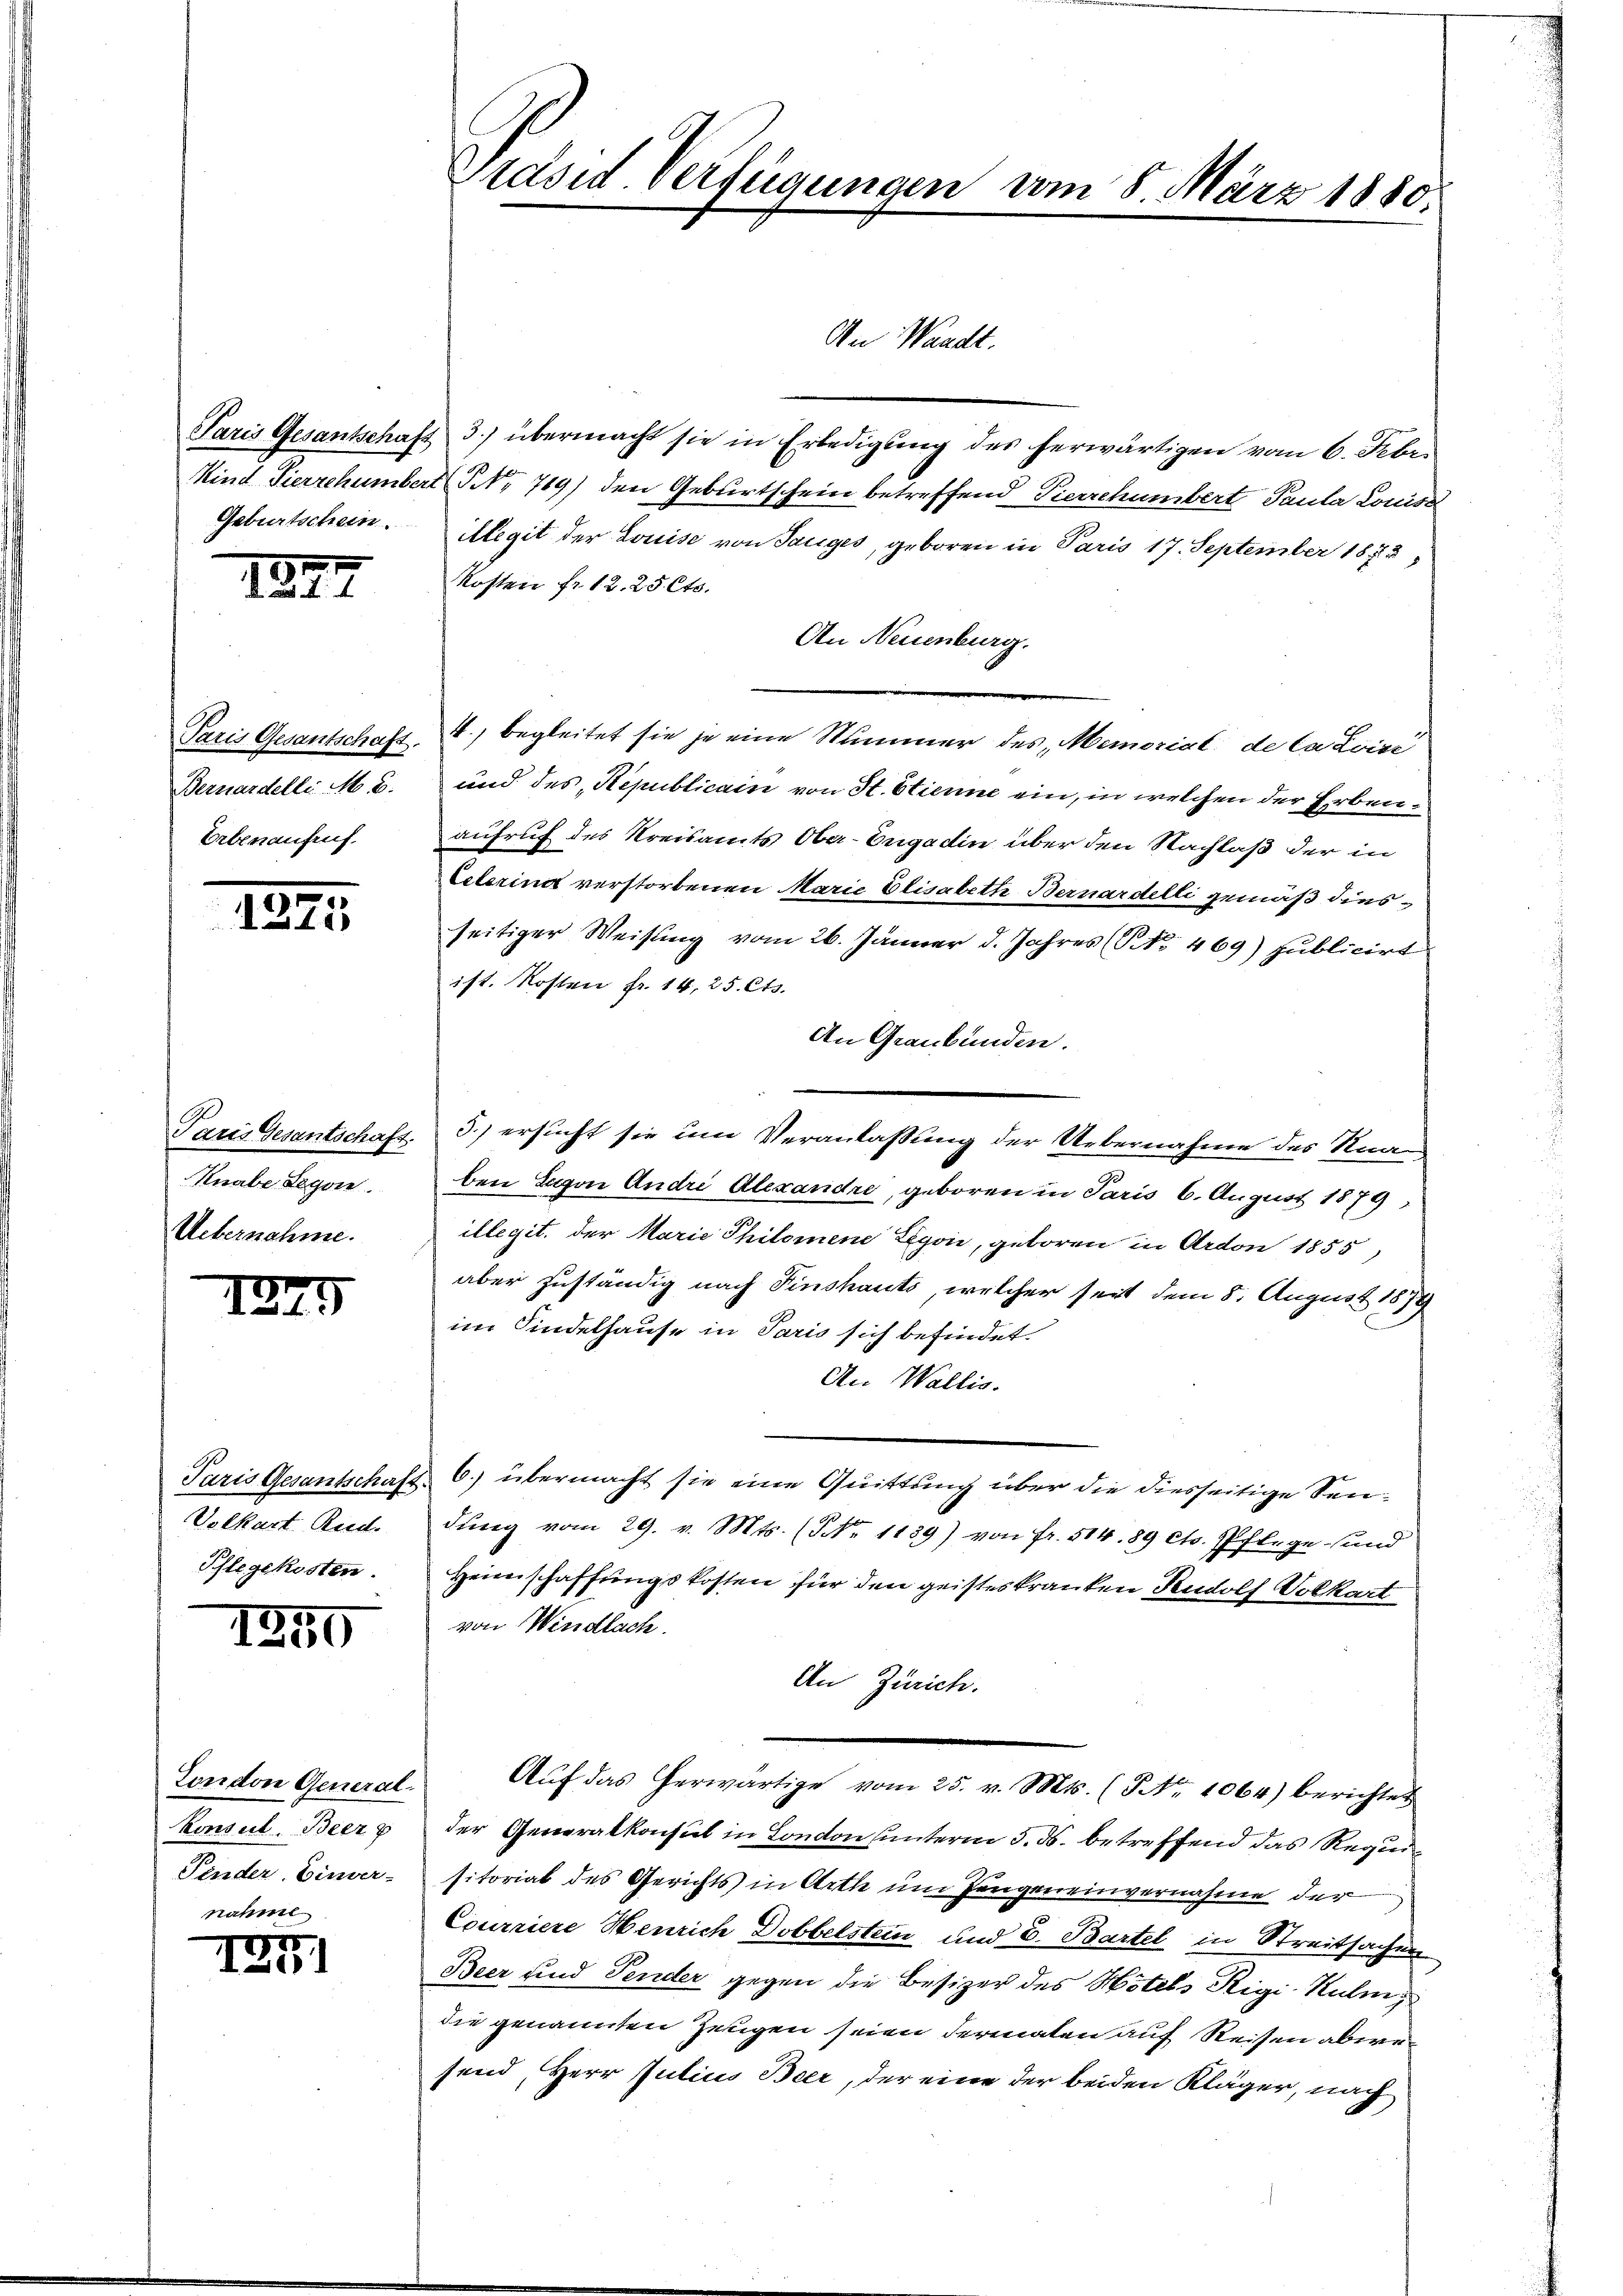
Geburtschein.

1849

Paris Gesantschaft.
Bernardelli M. 8.
Erbenaufruf

122.

Paris Gesantschaft.
Knabe Legon
Uebernahme.

1249

Paris Gesantschaft.
Volkart Rud.
Phlegekosten.

1850

London General-
konsul Beer
Finder Einver-
nahme

127

Präsid. Verfügungen vom 8. März 1880.

An Waadt.
Paris Gesantschaft 3.) übermacht sie in Erledigŭng des herwärtigen vom 6. Febr.
Kind Pierrchumbert (§ NNo. 769) den Geburtschein betreffend Pierrchumbert Paula Louisd
illegit der Louise von Sauges, geboren in Paris 17. September 1883,
Kosten fr. 12. 25 Cts.
An Neuenburg.
4., begleitet sie je eine Nummer des Memorial de Calvisi
und des Republicain von St. Etienne ein, in welchen der Erben
aufruf des Kreisamts Ober-Engadin über den Nachlaß der in
Veterind verstorbenen Marie Elisabeth Bernardelli gemäß diesseitiger Weisung vom 26. Jänner d. Jahres (NNo. 469) publicirt
ist. Kosten fr. 14,25 Cts.
An Graubünden.
5.) ersucht sie um Veranlaßung der Uebernahme des Kna
ben Tagen Andri Alexandre, geboren in Paris 6. August 1879,
illegit, der Marie Philomene Eigen, geboren in Ardon 1855
aber zuständig nach Finshauts, welcher seit dem 8. August 1874
im Kindelhause in Paris sich befindet.
An Wallis.
6.) übermacht sie eine Quittung über die diesseitige Sendŭng vom 29. v. Mts. (NNo. 1139) von fr. 514. 89 cts. Pflege- und
Heimschaffungskosten für den geisteskranken Rudolf Volkart
von Windlach.
An Zürich.
Aŭf das herwärtige vom 25. v. Mts. (T Nr. 1064) berichtet
der Generalkonsul in London unterm 3. ds. betreffend das Requisitorial des Gerichts in Arth um Zeugeneinvernahme der
Courriere Henrich Dobbelstein und E. Bartel in Streitsachen
Beer und Pender gegen die Besizer des Hotels Rigi Kulmdie genannten Zeugen seien dermalen auf Reisen abwesend, Herr Julius Beer, der eine der beiden Kläger, nach